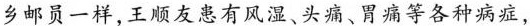
乡邮员一样，王顺友患有风湿、头痛、胃痛等各种病症，